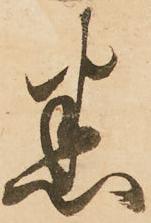
悉